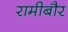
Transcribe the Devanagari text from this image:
रामीबौर